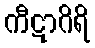
ကီဋာဂိရိ